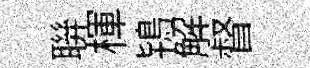
聨楎鴇解督